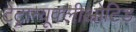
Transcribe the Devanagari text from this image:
टेट्रान्यूक्लीओटिड